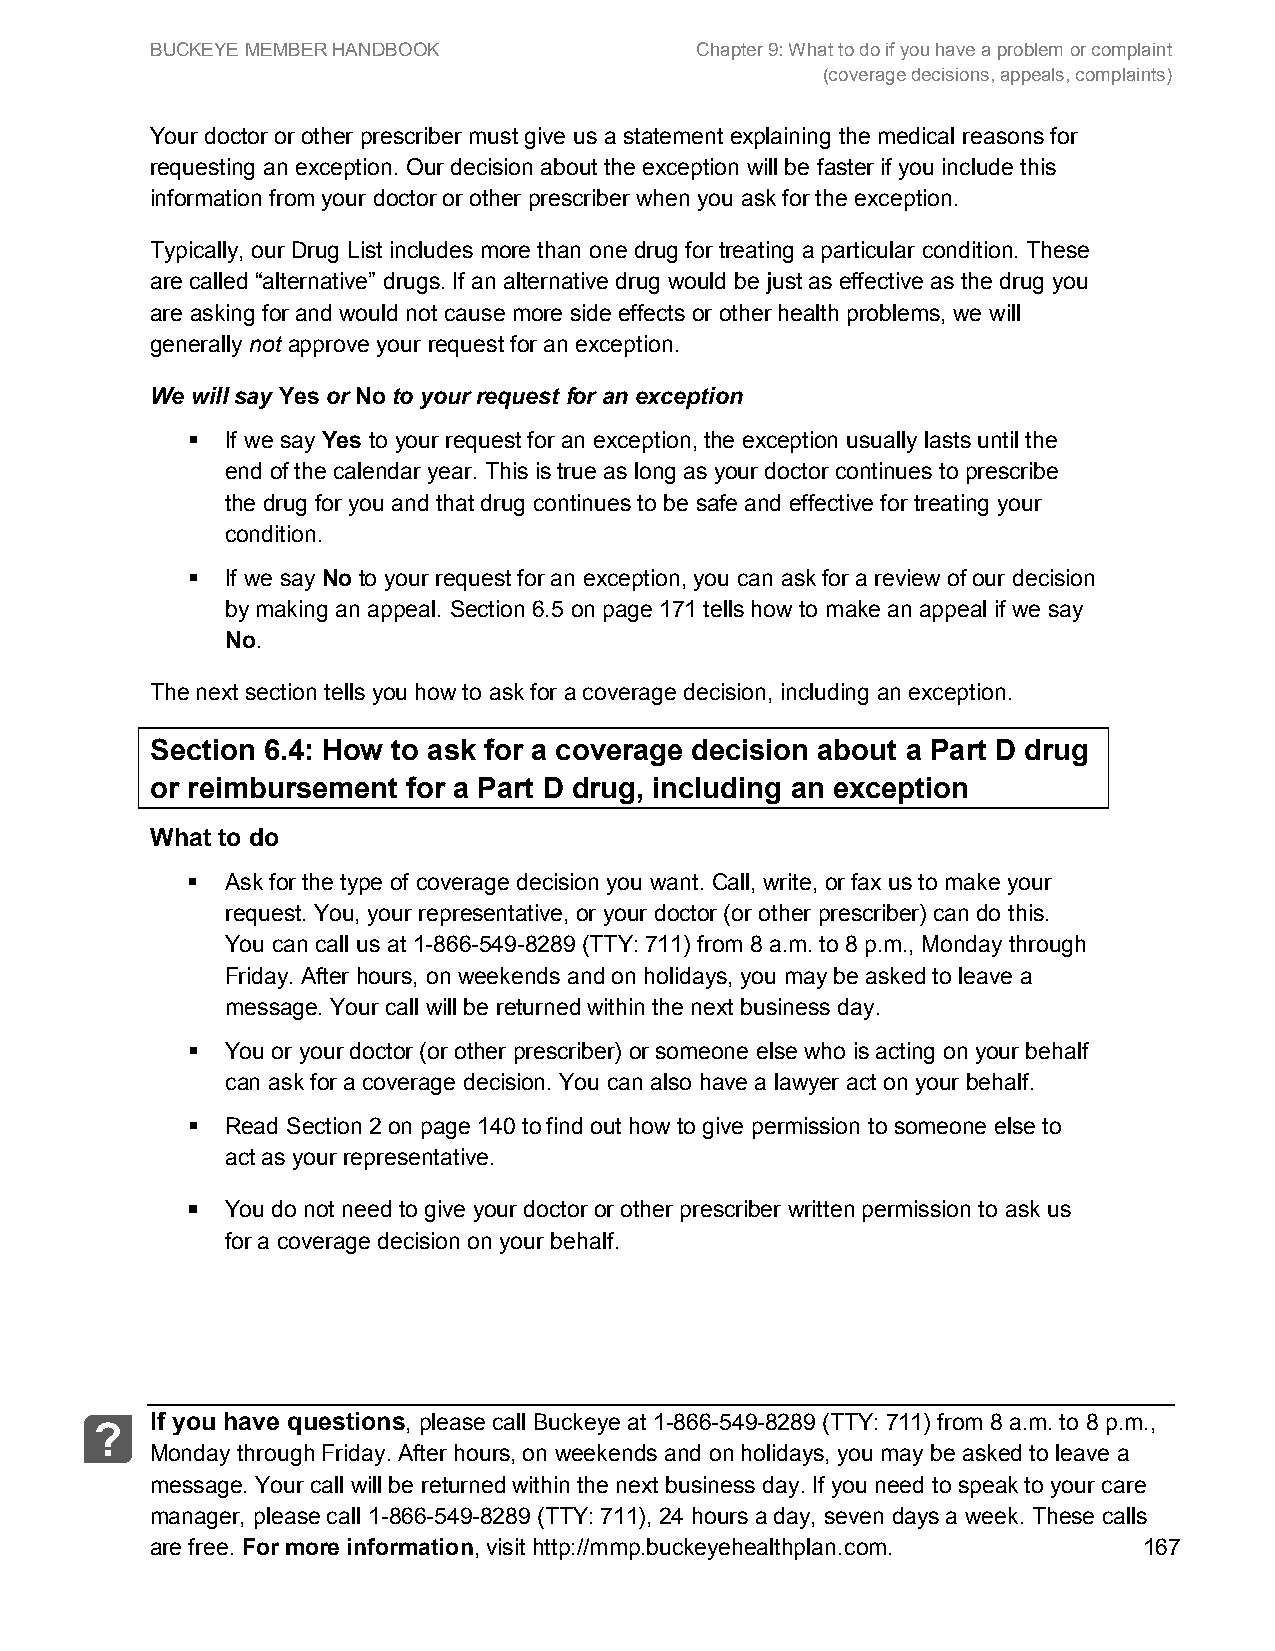
BUCKEYE MEMBER HANDBOOK             Chapter 9: What to do if you have a problem or complaint
 (coverage decisions, appeals, complaints)
 Your doctor or other prescriber must give us a statement explaining the medical reasons for
 requesting an exception. Our decision about the exception will be faster if you include this
 information from your doctor or other prescriber when you ask for the exception.
 Typically, our Drug List includes more than one drug for treating a particular condition. These
 are called “alternative” drugs. If an alternative drug would be just as effective as the drug you
 are asking for and would not cause more side effects or other health problems, we will
 generally not approve your request for an exception.
 We will say Yes or No to your request for an exception
   If we say Yes to your request for an exception, the exception usually lasts until the
 end of the calendar year. This is true as long as your doctor continues to prescribe
 the drug for you and that drug continues to be safe and effective for treating your
 condition.
   If we say No to your request for an exception, you can ask for a review of our decision
 by making an appeal. Section 6.5 on page 171 tells how to make an appeal if we say
 No.
 The next section tells you how to ask for a coverage decision, including an exception.
 Section 6.4: How to ask for a coverage decision about a Part D drug
 or reimbursement for a Part D drug, including an exception
 What to do
   Ask for the type of coverage decision you want. Call, write, or fax us to make your
 request. You, your representative, or your doctor (or other prescriber) can do this.
 You can call us at 1-866-549-8289 (TTY: 711) from 8 a.m. to 8 p.m., Monday through
 Friday. After hours, on weekends and on holidays, you may be asked to leave a
 message. Your call will be returned within the next business day.
   You or your doctor (or other prescriber) or someone else who is acting on your behalf
 can ask for a coverage decision. You can also have a lawyer act on your behalf.
   Read Section 2 on page 140 to find out how to give permission to someone else to
 act as your representative.
   You do not need to give your doctor or other prescriber written permission to ask us
 for a coverage decision on your behalf.
 If you have questions, please call Buckeye at 1-866-549-8289 (TTY: 711) from 8 a.m. to 8 p.m.,
 ?
 Monday through Friday. After hours, on weekends and on holidays, you may be asked to leave a
 message. Your call will be returned within the next business day. If you need to speak to your care
 manager, please call 1-866-549-8289 (TTY: 711), 24 hours a day, seven days a week. These calls
 are free. For more information, visit http://mmp.buckeyehealthplan.com. 167